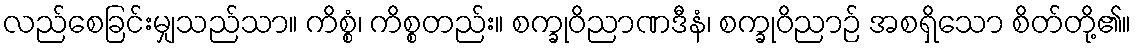
လည်စေခြင်းမျှသည်သာ။ ကိစ္စံ၊ ကိစ္စတည်း။ စက္ခုဝိညာဏဒီနံ၊ စက္ခုဝိညာဉ် အစရှိသော စိတ်တို့၏။